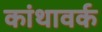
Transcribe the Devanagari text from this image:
कांथावर्क